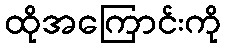
ထိုအကြောင်းကို